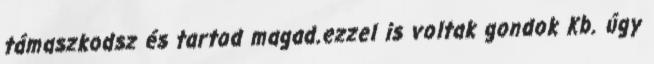
támaszkodsz és tartod magad.ezzel is voltak gondok Kb. úgy